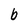
Character: b